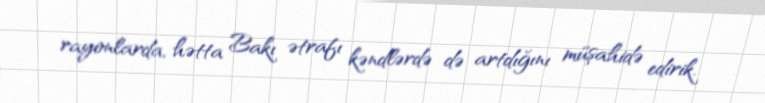
rayonlarda, hətta Bakı ətrafı kəndlərdə də artdığını müşahidə edirik.